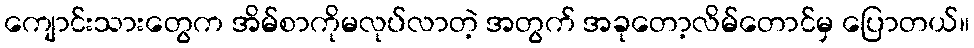
ကျောင်းသားတွေက အိမ်စာကိုမလုပ်လာတဲ့ အတွက် အခုတော့လိမ်တောင်မှ ပြောတယ်။